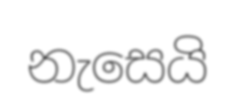
නැසෙයි